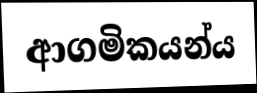
ආගමිකයන්ය